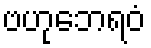
ဗဟုဘေရဝံ